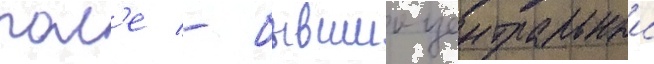
пол'е - бывшии центральныи